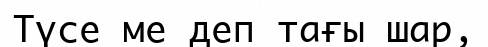
Түсе ме деп тағы шар,